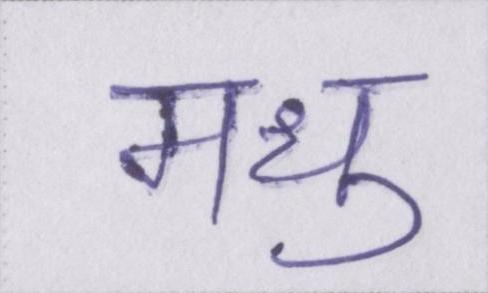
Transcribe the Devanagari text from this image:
मधु